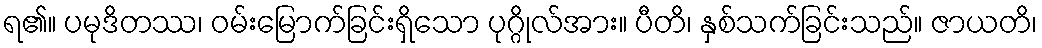
ရ၏။ ပမုဒိတဿ၊ ဝမ်းမြောက်ခြင်းရှိသော ပုဂ္ဂိုလ်အား။ ပီတိ၊ နှစ်သက်ခြင်းသည်။ ဇာယတိ၊